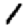
Digit: 1